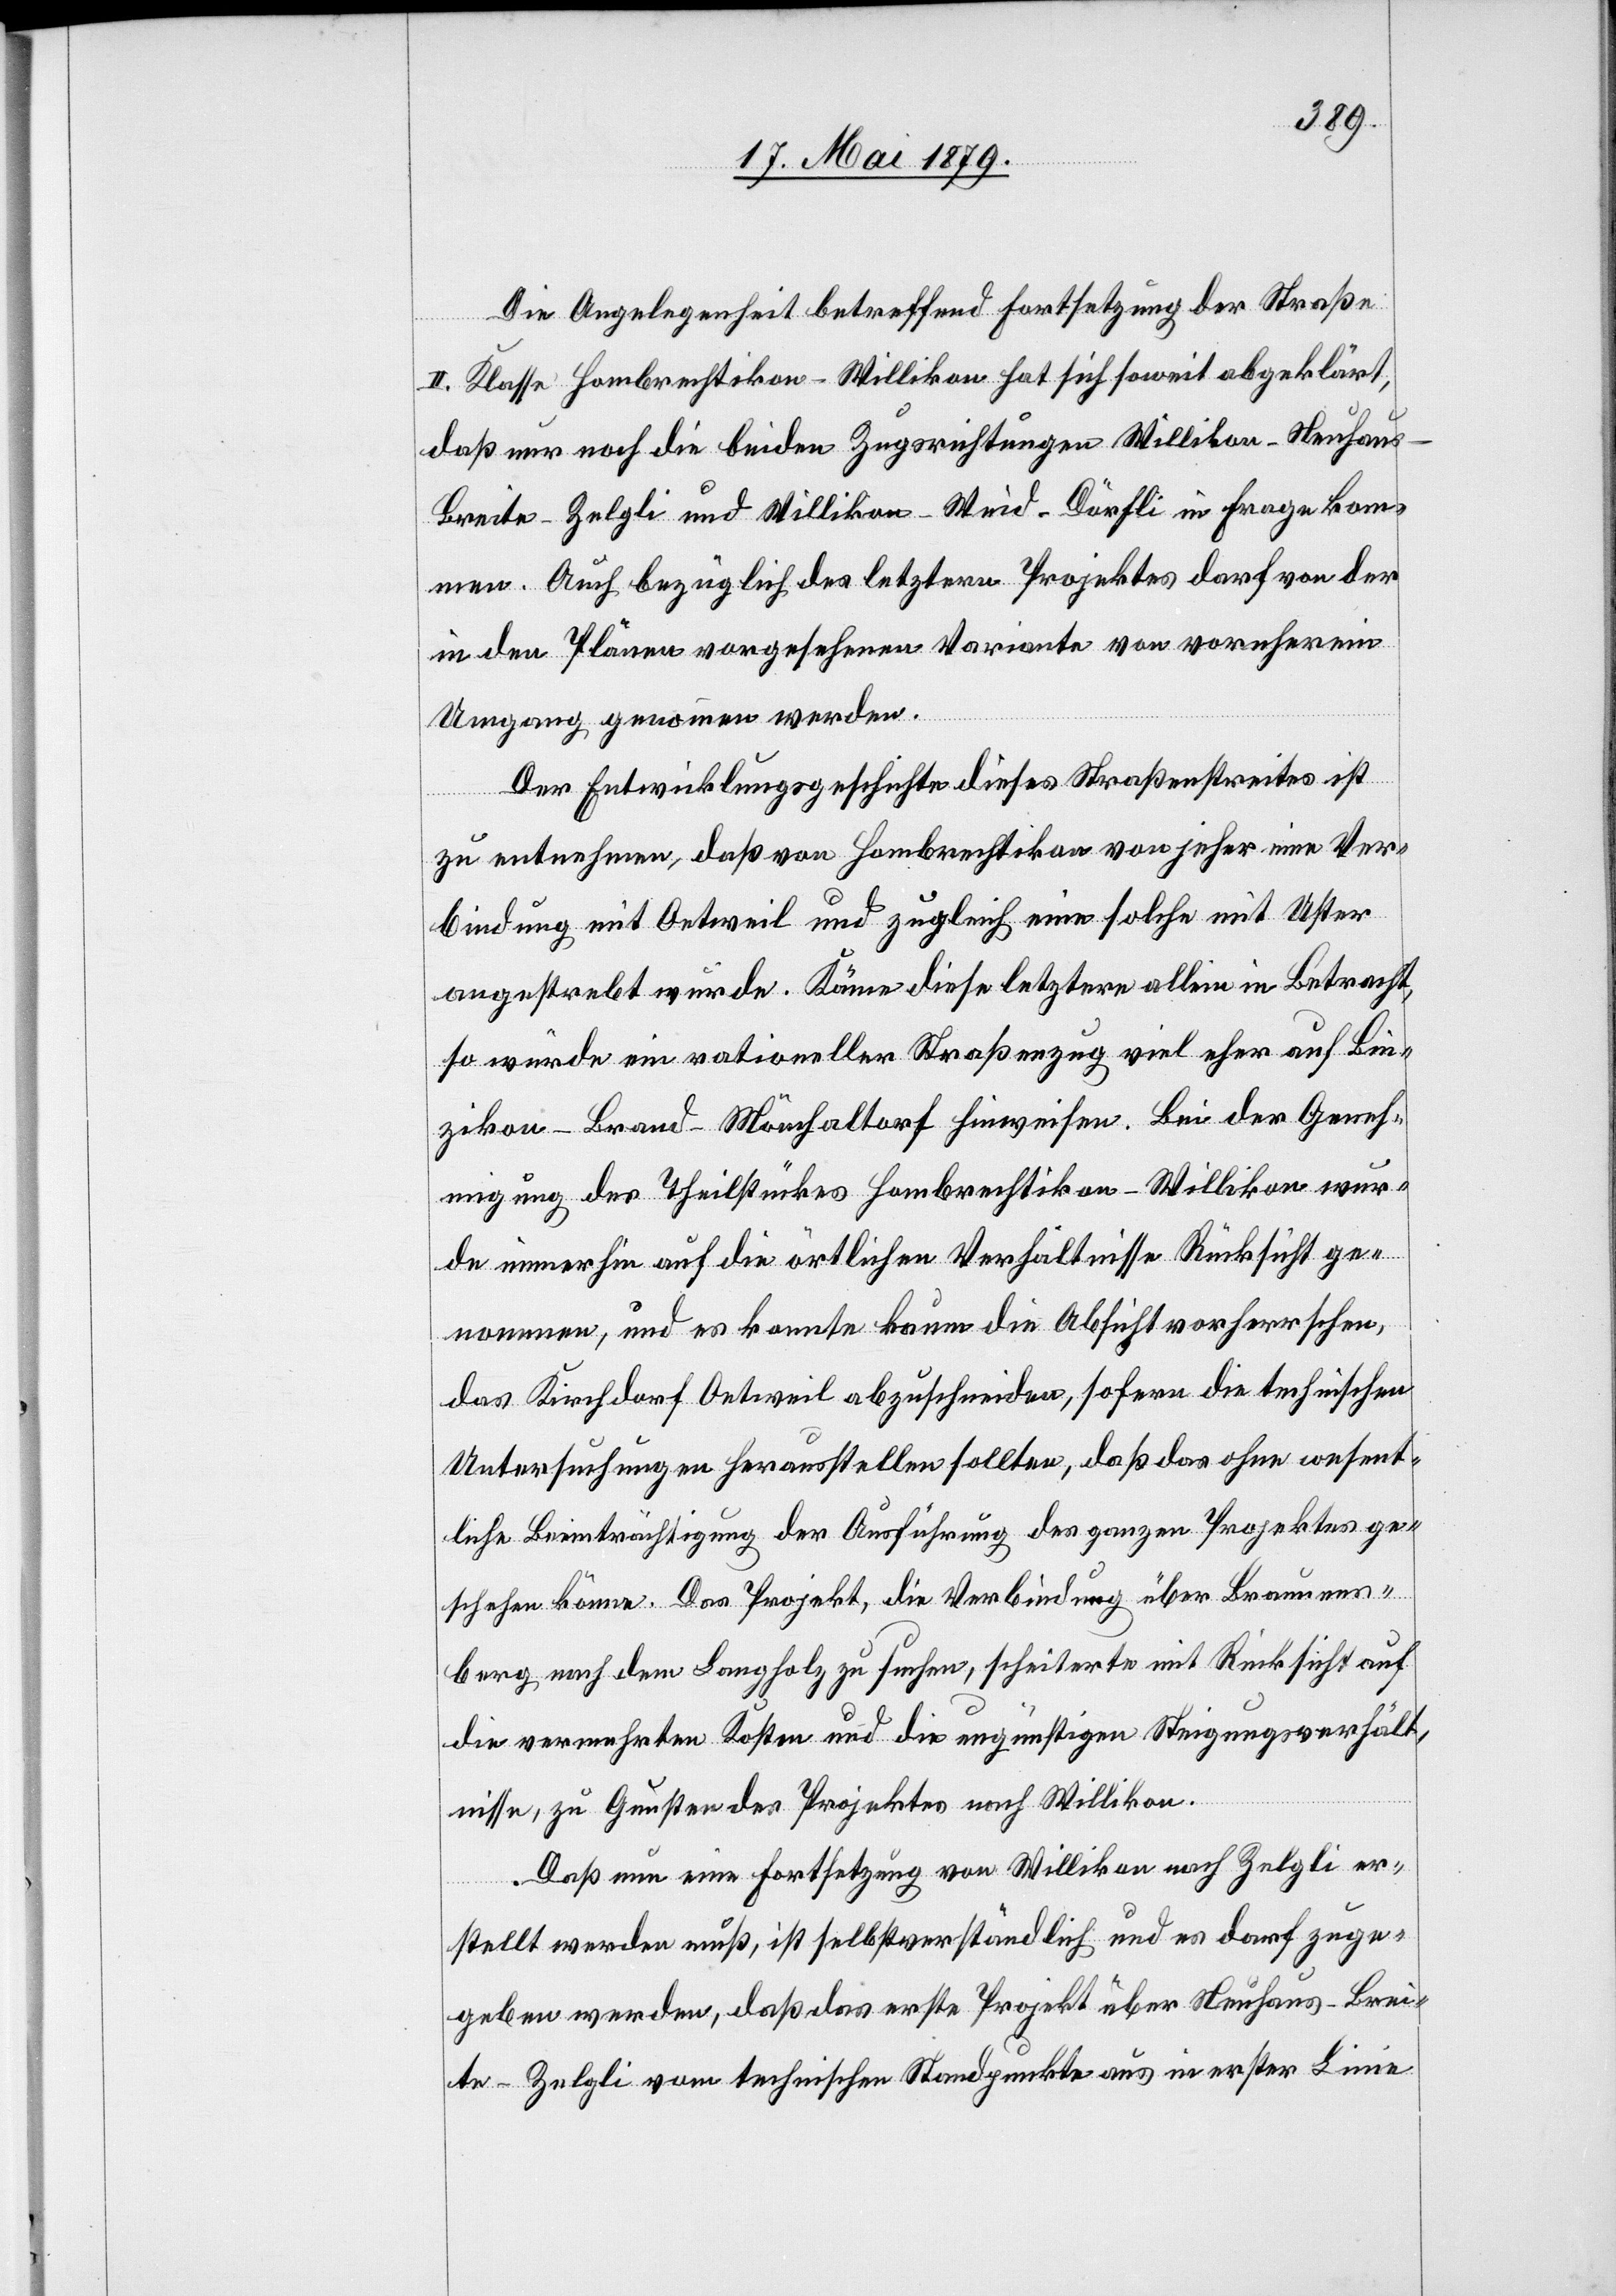
Die Angelegenheit betreffend Fortsetzung der Straße
II. Klasse Hombrechtikon–Willikon hat sich soweit abgeklärt,
daß nur noch die beiden Zugsrichtungen Willikon–Neuhau¬
s–Breite–Zelgli und Willikon–Weid–Dörfli in Frage kom¬
men. Auch bezüglich des letztern Projektes darf von der
in den Plänen vorgesehenen Variante von vornherein
Umgang genommen werden.
Der Entwicklungsgeschichte dieses Straßenstreites ist
zu entnehmen, daß von Hombrechtikon von jeher eine Ver¬
bindung mit Oetweil und zugleich eine solche mit Uster
angestrebt wurde. Käme diese letztere allein in Betracht,
so würde ein rationeller Straßenzug viel eher auf Bin¬
zikon–Brand–Mönchaltorf hinweisen. Bei der Geneh¬
migung des Theilstückes Hombrechtikon–Willikon wur¬
de immerhin auf die örtlichen Verhältnisse Rücksicht ge¬
nommen, und es konnte kaum die Absicht vorherrschen,
das Kirchdorf Oetweil abzuschneiden, sofern die technischen
Untersuchungen herausstellen sollten, daß das ohne wesent¬
liche Beeinträchtigung der Ausführung des ganzen Projektes ge¬
schehen könne. Das Projekt, die Verbindung über Braunens¬
berg nach dem Langholz zu suchen, scheiterte mit Rücksicht auf
die vermehrten Kosten und die ungünstigen Steigungsverhält¬
nisse, zu Gunsten des Projektes nach Willikon.
Daß nun eine Fortsetzung von Willikon nach Zelgli er¬
stellt werden muß, ist selbstverständlich und es darf zuge¬
geben werden, daß das erste Projekt über Neuhaus–Brei¬
te–Zelgli vom technischen Standpunkte aus in erster Linie